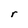
Character: r